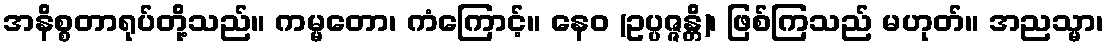
အနိစ္စတာရုပ်တို့သည်။ ကမ္မတော၊ ကံကြောင့်။ နေဝ (ဥပ္ပဇ္ဇန္တိ)၊ ဖြစ်ကြသည် မဟုတ်။ အညသ္မာ၊